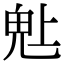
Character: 𬴾